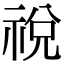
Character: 祱